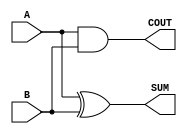
module Parameterized_Half_Adder #(parameter WIDTH = 1) (
    input  [WIDTH-1:0] A,      // First operand
    input  [WIDTH-1:0] B,      // Second operand
    output [WIDTH-1:0] SUM,     // Sum output
    output COUT                // Carry-out output
);

    // Generate SUM and COUT
    assign SUM = A ^ B;         // Bitwise XOR for sum
    assign COUT = A & B;        // Bitwise AND for carry-out

endmodule